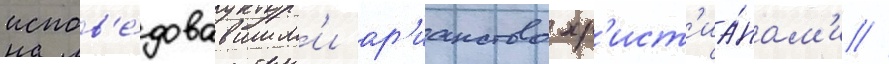
испов'е́довавшим'и ар'ианство хр'ист'иа́нам'и //